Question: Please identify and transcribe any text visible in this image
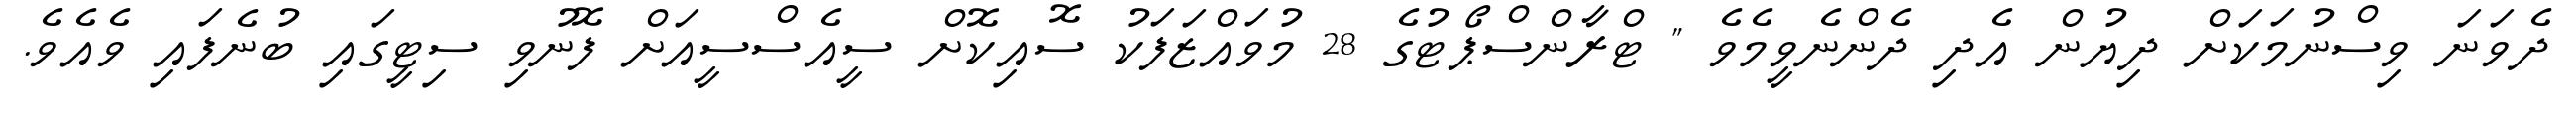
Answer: ދެވަނަ ވިސްނުމަކަށް ދިޔުން އެދި ދެންނެވީމެވެ " ޓްރާންސްޕޯޓުގެ 28 މުވައްޒަފަކު ސޮއިކޮށް ސީއެސްސީއަށް ފޮނުވި ސިޓީގައި ބުނެފައި ވެއެވެ.